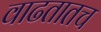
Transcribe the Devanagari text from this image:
वाढतातच